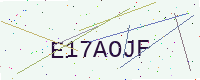
Text: E17AOJF